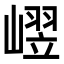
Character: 𪩒